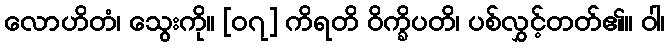
လောဟိတံ၊ သွေးကို။ [၀၇] ကိရတိ ဝိက္ခိပတိ၊ ပစ်လွှင့်တတ်၏။ ဝါ၊